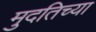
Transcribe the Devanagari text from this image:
मुदतिच्या